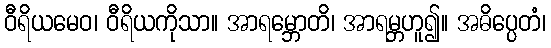
ဝီရိယမေဝ၊ ဝီရိယကိုသာ။ အာရမ္ဘောတိ၊ အာရမ္ဘဟူ၍။ အဓိပ္ပေတံ၊